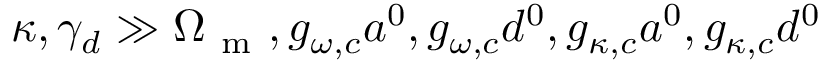
\kappa , \gamma _ { d } \gg \Omega _ { \mathrm { ~ m ~ } } , g _ { \omega , c } a ^ { 0 } , g _ { \omega , c } d ^ { 0 } , g _ { \kappa , c } a ^ { 0 } , g _ { \kappa , c } d ^ { 0 }